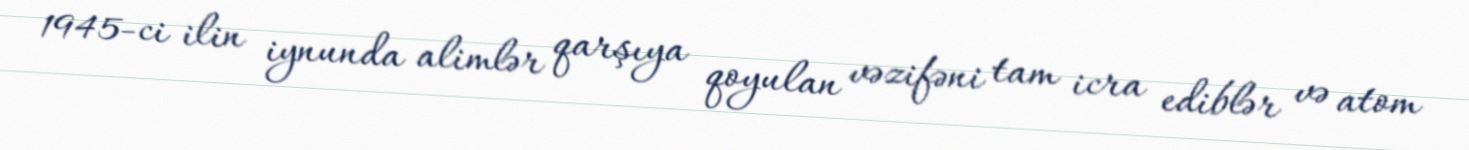
1945-ci ilin iynunda alimlər qarşıya qoyulan vəzifəni tam icra ediblər və atom